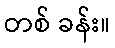
တစ် ခန်း။